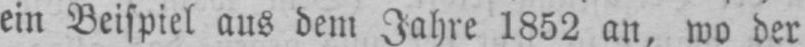
ein Beispiel aus dem Jahre 1852 an, wo der